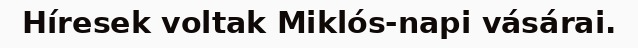
Híresek voltak Miklós-napi vásárai.